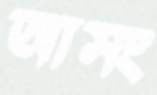
আসং